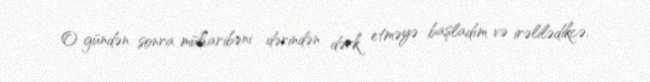
O gündən sonra müharibəni dərindən dərk etməyə başladım və irəlilədikcə,